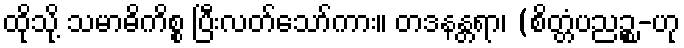
ထိုသို့ သမာဓိကိစ္စ ပြီးလတ်သော်ကား။ တဒနန္တရာ၊ (စိတ္တံပညဉ္စ-ဟု